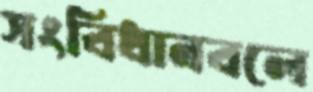
সংবিধানবলে